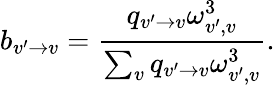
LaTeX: b_{v^{\prime}\rightarrow v}=\frac{q_{v^{\prime}\rightarrow v}\omega_{v^{\prime},v}^{3}}{\sum_{v}q_{v^{\prime}\rightarrow v}\omega_{v^{\prime},v}^{3}}.